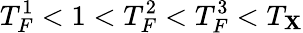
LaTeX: T_{F}^{1}<1<T_{F}^{2}<T_{F}^{3}<T_{\mathbf{X}}